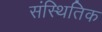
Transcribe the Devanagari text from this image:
संस्थितिक